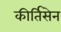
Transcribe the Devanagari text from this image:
कीर्तिसेन